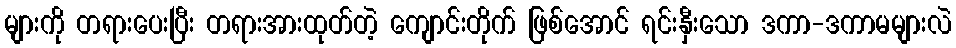
များကို တရားပေးပြီး တရားအားထုတ်တဲ့ ကျောင်းတိုက် ဖြစ်အောင် ရင်းနှီးသော ဒကာ-ဒကာမများလဲ